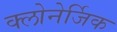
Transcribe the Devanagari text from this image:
क्लोनेर्जिक